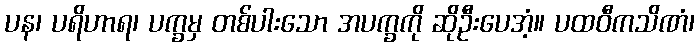
ပန၊ ပရိဟာရ၊ ပက္ခမှ တစ်ပါးသော အပက္ခကို ဆိုဦးပေအံ့။ ပထဝီကသိဏံ၊